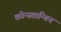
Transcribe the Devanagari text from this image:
कोन्स्तान्तिन